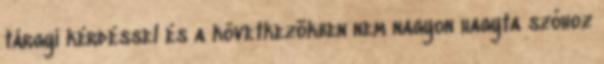
tárgyi kérdéssel és a következõkben nem nagyon hagyta szóhoz